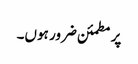
پر مطمئن ضرور ہوں۔